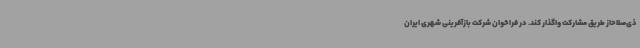
ذی‌صلاحاز طریق مشارکت واگذار کند. در فراخوان شرکت بازآفرینی شهری ایران